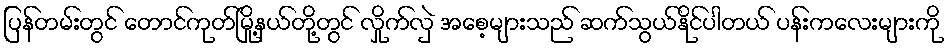
ပြန်တမ်းတွင် တောင်ကုတ်မြို့နယ်တို့တွင် လှိုက်လှဲ အစေ့များသည် ဆက်သွယ်နိုင်ပါတယ် ပန်းကလေးများကို